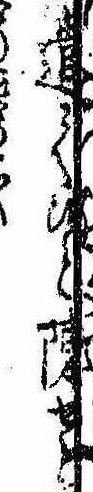
遣てと陳せど